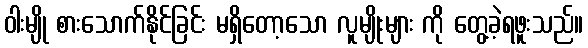
ဝါးမျို စားသောက်နိုင်ခြင်း မရှိတော့သော လူမျိုးများ ကို တွေ့ခဲ့ရဖူးသည်။